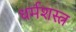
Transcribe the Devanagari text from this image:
धर्मशस्त्र